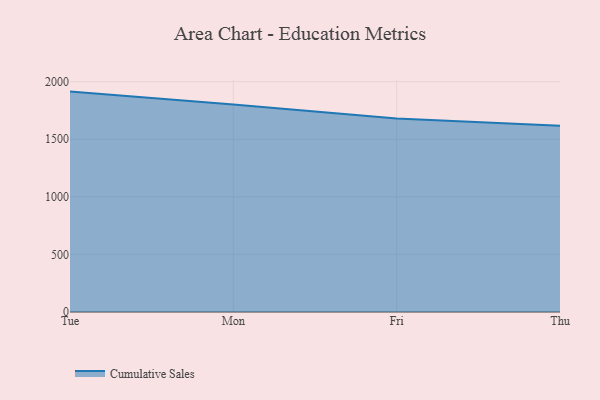
{"axis": {"x": "Day", "y": "Satisfaction Score"}, "legend": ["Cumulative Sales"], "data": [{"x": "Tue", "y": 1913.9, "type": "Cumulative Sales"}, {"x": "Mon", "y": 1802.6, "type": "Cumulative Sales"}, {"x": "Fri", "y": 1679.4, "type": "Cumulative Sales"}, {"x": "Thu", "y": 1617.1, "type": "Cumulative Sales"}]}